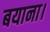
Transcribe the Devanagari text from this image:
बयाना।